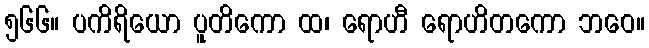
၅၆၆။ ပကိရိယော ပူတိကော ထ၊ ရောဟီ ရောဟိတကော ဘဝေ။